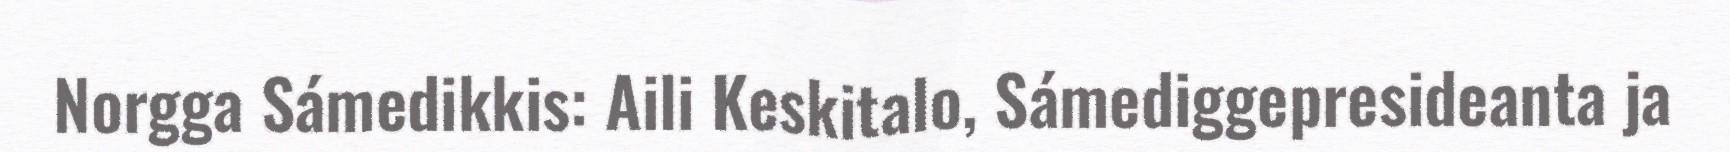
Norgga Sámedikkis: Aili Keskitalo, Sámediggepresideanta ja